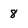
Character: 8